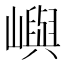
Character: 嶼